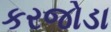
કરજોડા